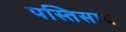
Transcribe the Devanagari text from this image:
पस्तिसावे